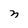
Character: n